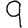
Digit: 9